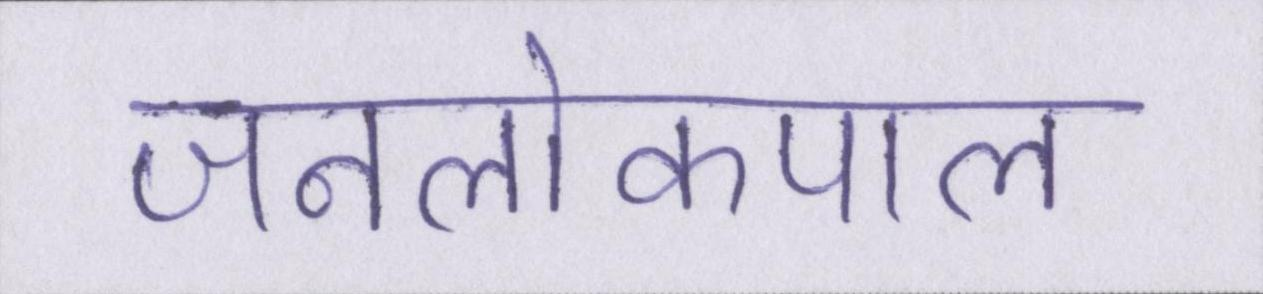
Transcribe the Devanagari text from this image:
जनलोकपाल